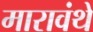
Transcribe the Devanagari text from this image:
मारावंथे